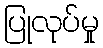
ပြုလုပ်မှု